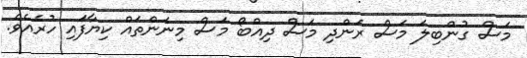
މަސް ގުންބިލަ މަސް ރަންދި މަސް ދިއްބޯ މަސް މިނަންތައް ކިޔާފައި ހުރެއެވެ.